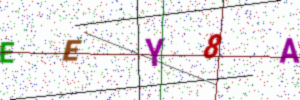
Text: EEY8A